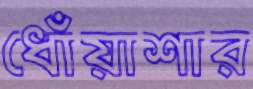
ধোঁয়াশার